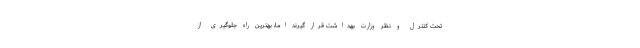
تحت کنترل و نظر وزارت بهداشت قرار گیرند اما، بهترین راه جلوگیری از